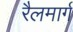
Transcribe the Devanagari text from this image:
रैलमार्ग